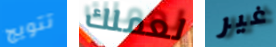
تتويج لعملك غير